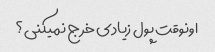
اونوقت پول زیادی خرج نمیکنی؟